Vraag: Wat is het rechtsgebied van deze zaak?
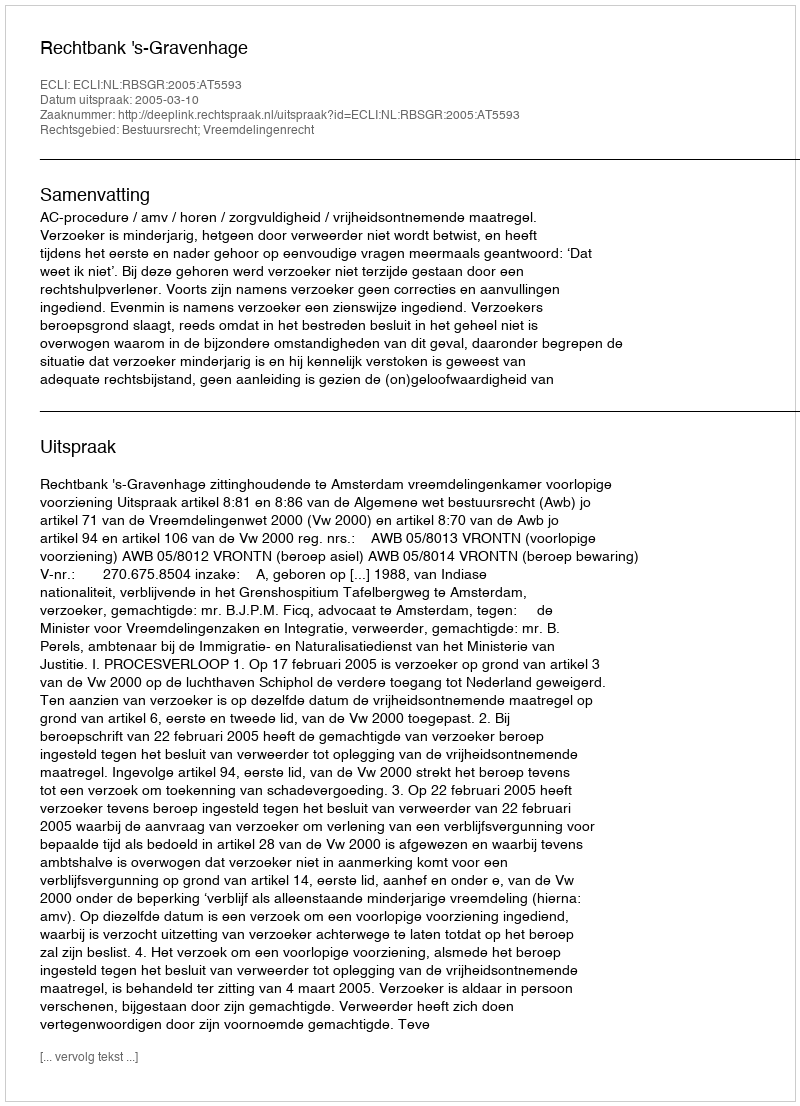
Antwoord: Bestuursrecht; Vreemdelingenrecht